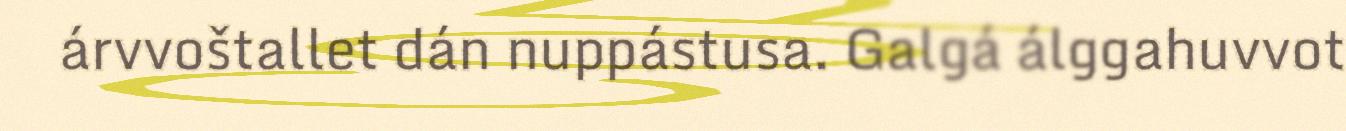
árvvoštallet dán nuppástusa. Galgá álggahuvvot